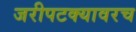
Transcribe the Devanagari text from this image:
जरीपटक्यावरच